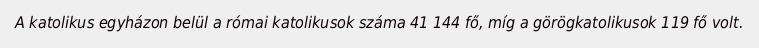
A katolikus egyházon belül a római katolikusok száma 41 144 fő, míg a görögkatolikusok 119 fő volt.